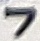
Text: 7